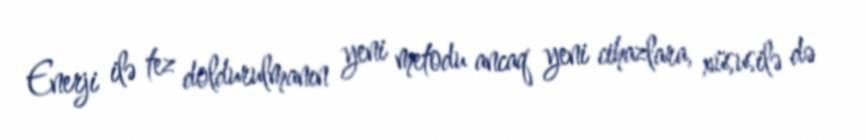
Enerji ilə tez doldurulmanın yeni metodu ancaq yeni cihazlara, xüsusilə də